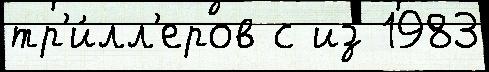
тр'и́лл'еров с из 1983